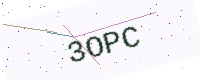
Text: 3OPC